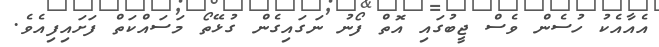
އެއާއެކު ހުސެން ވެސް ޖީބުގައި އޮތް ފޯނު ނަގައިގެން ގުޅޭތޯ މަސައްކަތް ފަށައިފިއެވެ.